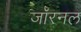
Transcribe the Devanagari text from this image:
जॉरनल